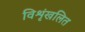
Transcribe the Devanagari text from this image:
विशृंखलित